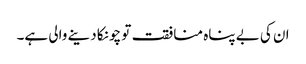
ان کی بے پناہ منافقت تو چونکا دینے والی ہے۔